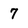
Character: 7